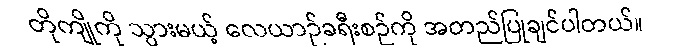
တိုကျိုကို သွားမယ့် လေယာဉ်ခရီးစဉ်ကို အတည်ပြုချင်ပါတယ်။